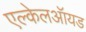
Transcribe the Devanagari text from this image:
एल्केलऑयड